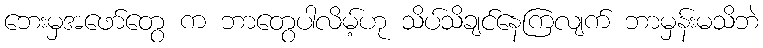
ဘေးမှအဖော်တွေ က ဘာတွေပါလိမ့်ဟု သိပ်သိချင်နေကြလျက် ဘာမှန်းမသိဘဲ